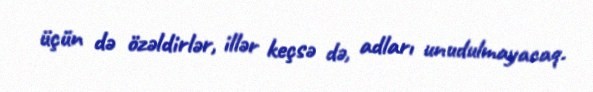
üçün də özəldirlər, illər keçsə də, adları unudulmayacaq.